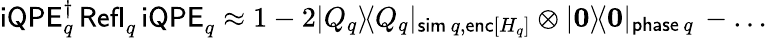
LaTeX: \begin{array}{r}{\mathsf{iQPE}_{q}^{\dagger}\, \mathsf{Refl}_{q}^{\phantom{\dagger}}\, \mathsf{iQPE}_{q}^{\phantom{\dagger}}\approx 1-2|Q_{q}\rangle\! \langle Q_{q}|_{\mathsf{sim}\, q,\mathsf{enc}[H_{q}]}\otimes|\boldsymbol{0}\rangle\! \langle\boldsymbol{0}|_{\mathsf{phase}\, q}\, -\dots}\end{array}